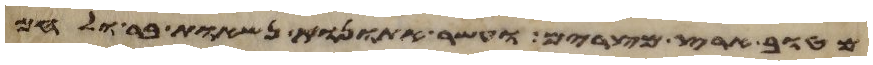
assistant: מטוב ארץ מצרים ועשר אתנות נשאות בר ולחם